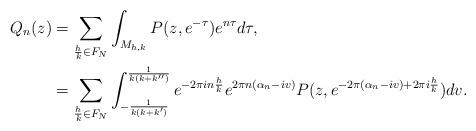
LaTeX: \begin{align*}Q_n(z) & =\sum_{\frac{h}{k} \in F_N} \int_{M_{h,k}}P(z,e^{ -\tau})e^{n\tau} d\tau, \\ & =\sum_{\frac{h}{k} \in F_N} \int_{- \frac{1}{k(k+k')}}^{\frac{1}{k(k+k'')}}e^{-2\pi in \frac{h}{k}} e^{2\pi n (\alpha_n - iv)}P(z,e^{ -2\pi (\alpha_n - iv) +2\pi i \frac{h}{k}})dv.\end{align*}